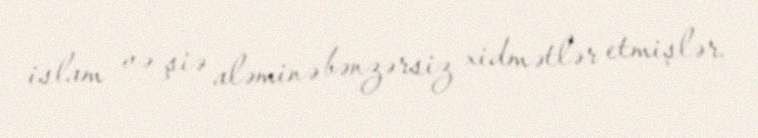
islam və şiə aləminə bənzərsiz xidmətlər etmişlər.